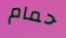
حمام